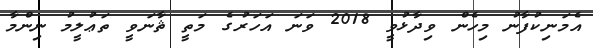
އެމަނިކުފާނު މިހެން ވިދާޅުވީ 2018 ވަނަ އަހަރުގެ މަތީ ޘާނަވީ ތަޢުލީމު ނިންމާ